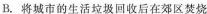
B.将城市的生活垃圾回收后在郊区焚烧